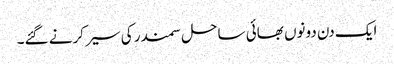
ایک دن دونوں بھائی ساحل سمندر کی سیر کرنے گئے۔